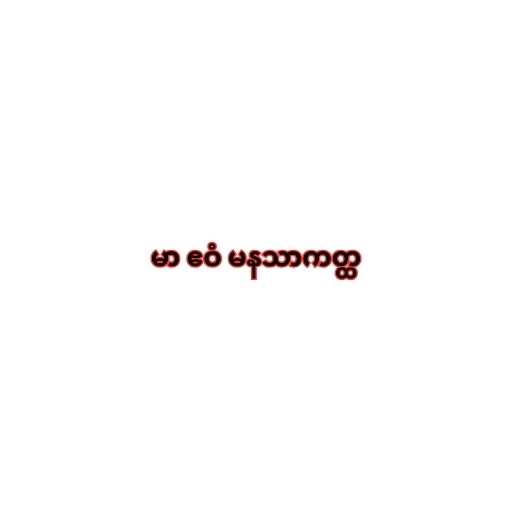
မာ ဧဝံ မနသာကတ္ထ